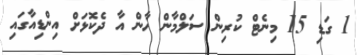
1 ގަޑި 15 މިނެޓް ކުރިން ސަލްމާން ޚާން އާ ދެކޮޅަށް އިންޑިއާގައި